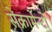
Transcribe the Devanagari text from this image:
सेक्रामेन्टो